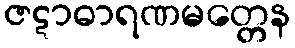
ဇဋာဓာရဏမတ္တေန